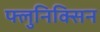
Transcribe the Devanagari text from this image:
फ्लुनिक्सिन